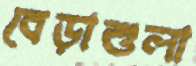
বেড়াশুলা